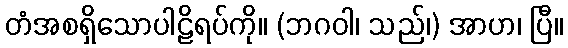
တံအစရှိသောပါဠိရပ်ကို။ (ဘဂဝါ၊ သည်၊) အာဟ၊ ပြီ။